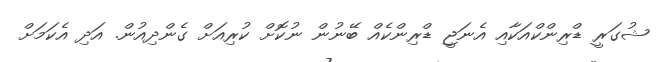
ޝުގަރީ ޑްރިންކްއަކާއި އެނަޖީ ޑްރިންކެއް ބޭނުން ނުކޮށް ކުރިއަށް ގެންދިއުން. އަދި އެކަމަށް